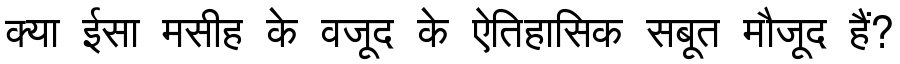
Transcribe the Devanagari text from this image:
क्या ईसा मसीह के वजूद के ऐतिहासिक सबूत मौजूद हैं?